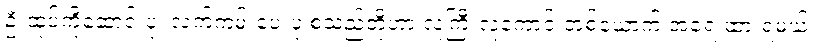
ဦးထုပ်ကိုဆောင်းပုံ၊ လက်ကမ်းပေးပုံ စသည်တို့ဟာ လူကြီးလူကောင်းတစ်ယောက် အရေးထားရမယ့်